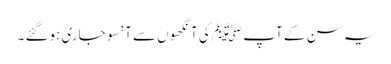
یہ سن کے آپ ﷺ کی آنکھوں سے آنسو جاری ہوگئے ۔